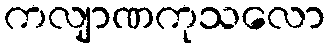
ကလျာဏကုသလော